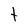
Character: t